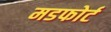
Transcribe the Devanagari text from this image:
मडफोर्ट